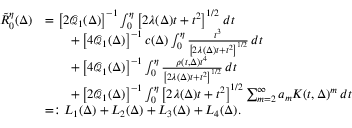
\begin{array} { r l } { \tilde { R } _ { 0 } ^ { \eta } ( \Delta ) } & { = \left[ 2 \mathcal Q _ { 1 } ( \Delta ) \right] ^ { - 1 } \int _ { 0 } ^ { \eta } \left[ 2 \lambda ( \Delta ) t + t ^ { 2 } \right] ^ { 1 / 2 } \, d t } \\ & { \qquad + \left[ 4 \mathcal Q _ { 1 } ( \Delta ) \right] ^ { - 1 } c ( \Delta ) \int _ { 0 } ^ { \eta } \frac { t ^ { 3 } } { \left[ 2 \lambda ( \Delta ) t + t ^ { 2 } \right] ^ { 1 / 2 } } \, d t } \\ & { \qquad + \left[ 4 \mathcal Q _ { 1 } ( \Delta ) \right] ^ { - 1 } \int _ { 0 } ^ { \eta } \frac { \rho ( t , \Delta ) t ^ { 4 } } { \left[ 2 \lambda ( \Delta ) t + t ^ { 2 } \right] ^ { 1 / 2 } } \, d t } \\ & { \qquad + \left[ 2 \mathcal Q _ { 1 } ( \Delta ) \right] ^ { - 1 } \int _ { 0 } ^ { \eta } \left[ 2 \lambda ( \Delta ) t + t ^ { 2 } \right] ^ { 1 / 2 } \sum _ { m = 2 } ^ { \infty } a _ { m } K ( t , \Delta ) ^ { m } \, d t } \\ & { = : L _ { 1 } ( \Delta ) + L _ { 2 } ( \Delta ) + L _ { 3 } ( \Delta ) + L _ { 4 } ( \Delta ) . } \end{array}